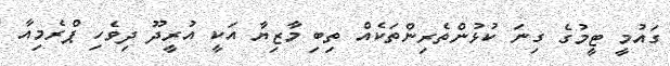
ގައުމީ ޓީމުގެ ގިނަ ކުޅުންތެރިންތަކެއް ތިބި މާޒިޔާ އަކީ އުރީދޫ ދިވެހި ޕްރެމިއާ